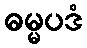
ဓမ္မပဒံ